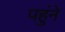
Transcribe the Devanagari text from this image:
पहुंने